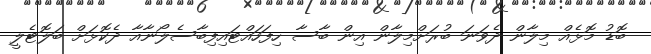
ބޮޑު މޮޅެއް މިލާން ދެވަނަ ބުރަށްމިލާން އިން ބާސާ ހިފަހައްޓައިފިބާސެލޯނާއާ ދެކޮޅަށް ބަލޮޓެލީ